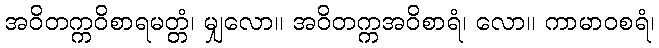
အဝိတက္ကဝိစာရမတ္တံ၊ မျှလော။ အဝိတက္ကအဝိစာရံ၊ လော။ ကာမာဝစရံ၊